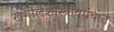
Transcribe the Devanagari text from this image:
खगोलशास्त्रीयग्रंथात